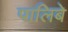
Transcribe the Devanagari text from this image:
पालिबे